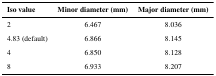
<table><thead><tr><td><b>Iso value</b></td><td><b>Minor diameter (mm)</b></td><td><b>Major diameter (mm)</b></td></tr></thead><tbody><tr><td>2</td><td>6.467</td><td>8.036</td></tr><tr><td>4.83 (default)</td><td>6.866</td><td>8.145</td></tr><tr><td>4</td><td>6.850</td><td>8.128</td></tr><tr><td>8</td><td>6.933</td><td>8.207</td></tr></tbody></table>